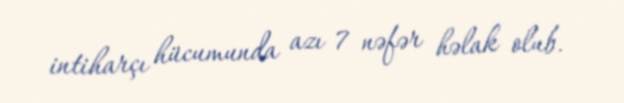
intiharçı hücumunda azı 7 nəfər həlak olub.